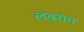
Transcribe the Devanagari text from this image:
लबरांग